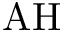
\mathrm { A H }